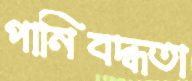
পানিবদ্ধতা